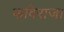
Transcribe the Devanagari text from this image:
कविराज।